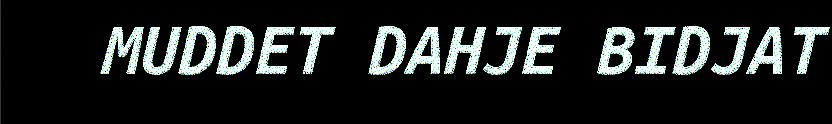
MUDDET DAHJE BIDJAT